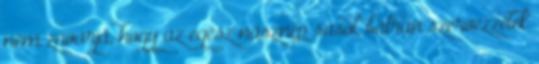
nem zavarja, hogy az egész násznép sasol, bátran szervezzétek